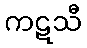
ကဋသီ